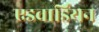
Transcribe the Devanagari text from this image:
एडवार्डियन